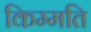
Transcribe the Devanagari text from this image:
किम्मति